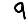
Digit: 9